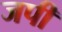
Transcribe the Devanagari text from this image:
जपी